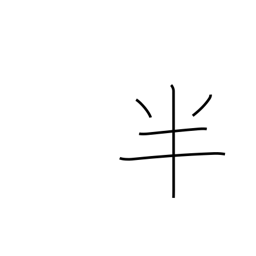
Meaning: part-